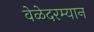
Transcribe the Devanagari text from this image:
वेळेदरम्यान